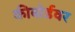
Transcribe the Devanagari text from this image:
कीबोर्डवर